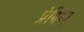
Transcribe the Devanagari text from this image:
प्रेविया